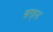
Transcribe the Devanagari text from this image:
खरहना